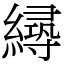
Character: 𦅛